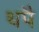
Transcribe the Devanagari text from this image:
थपै